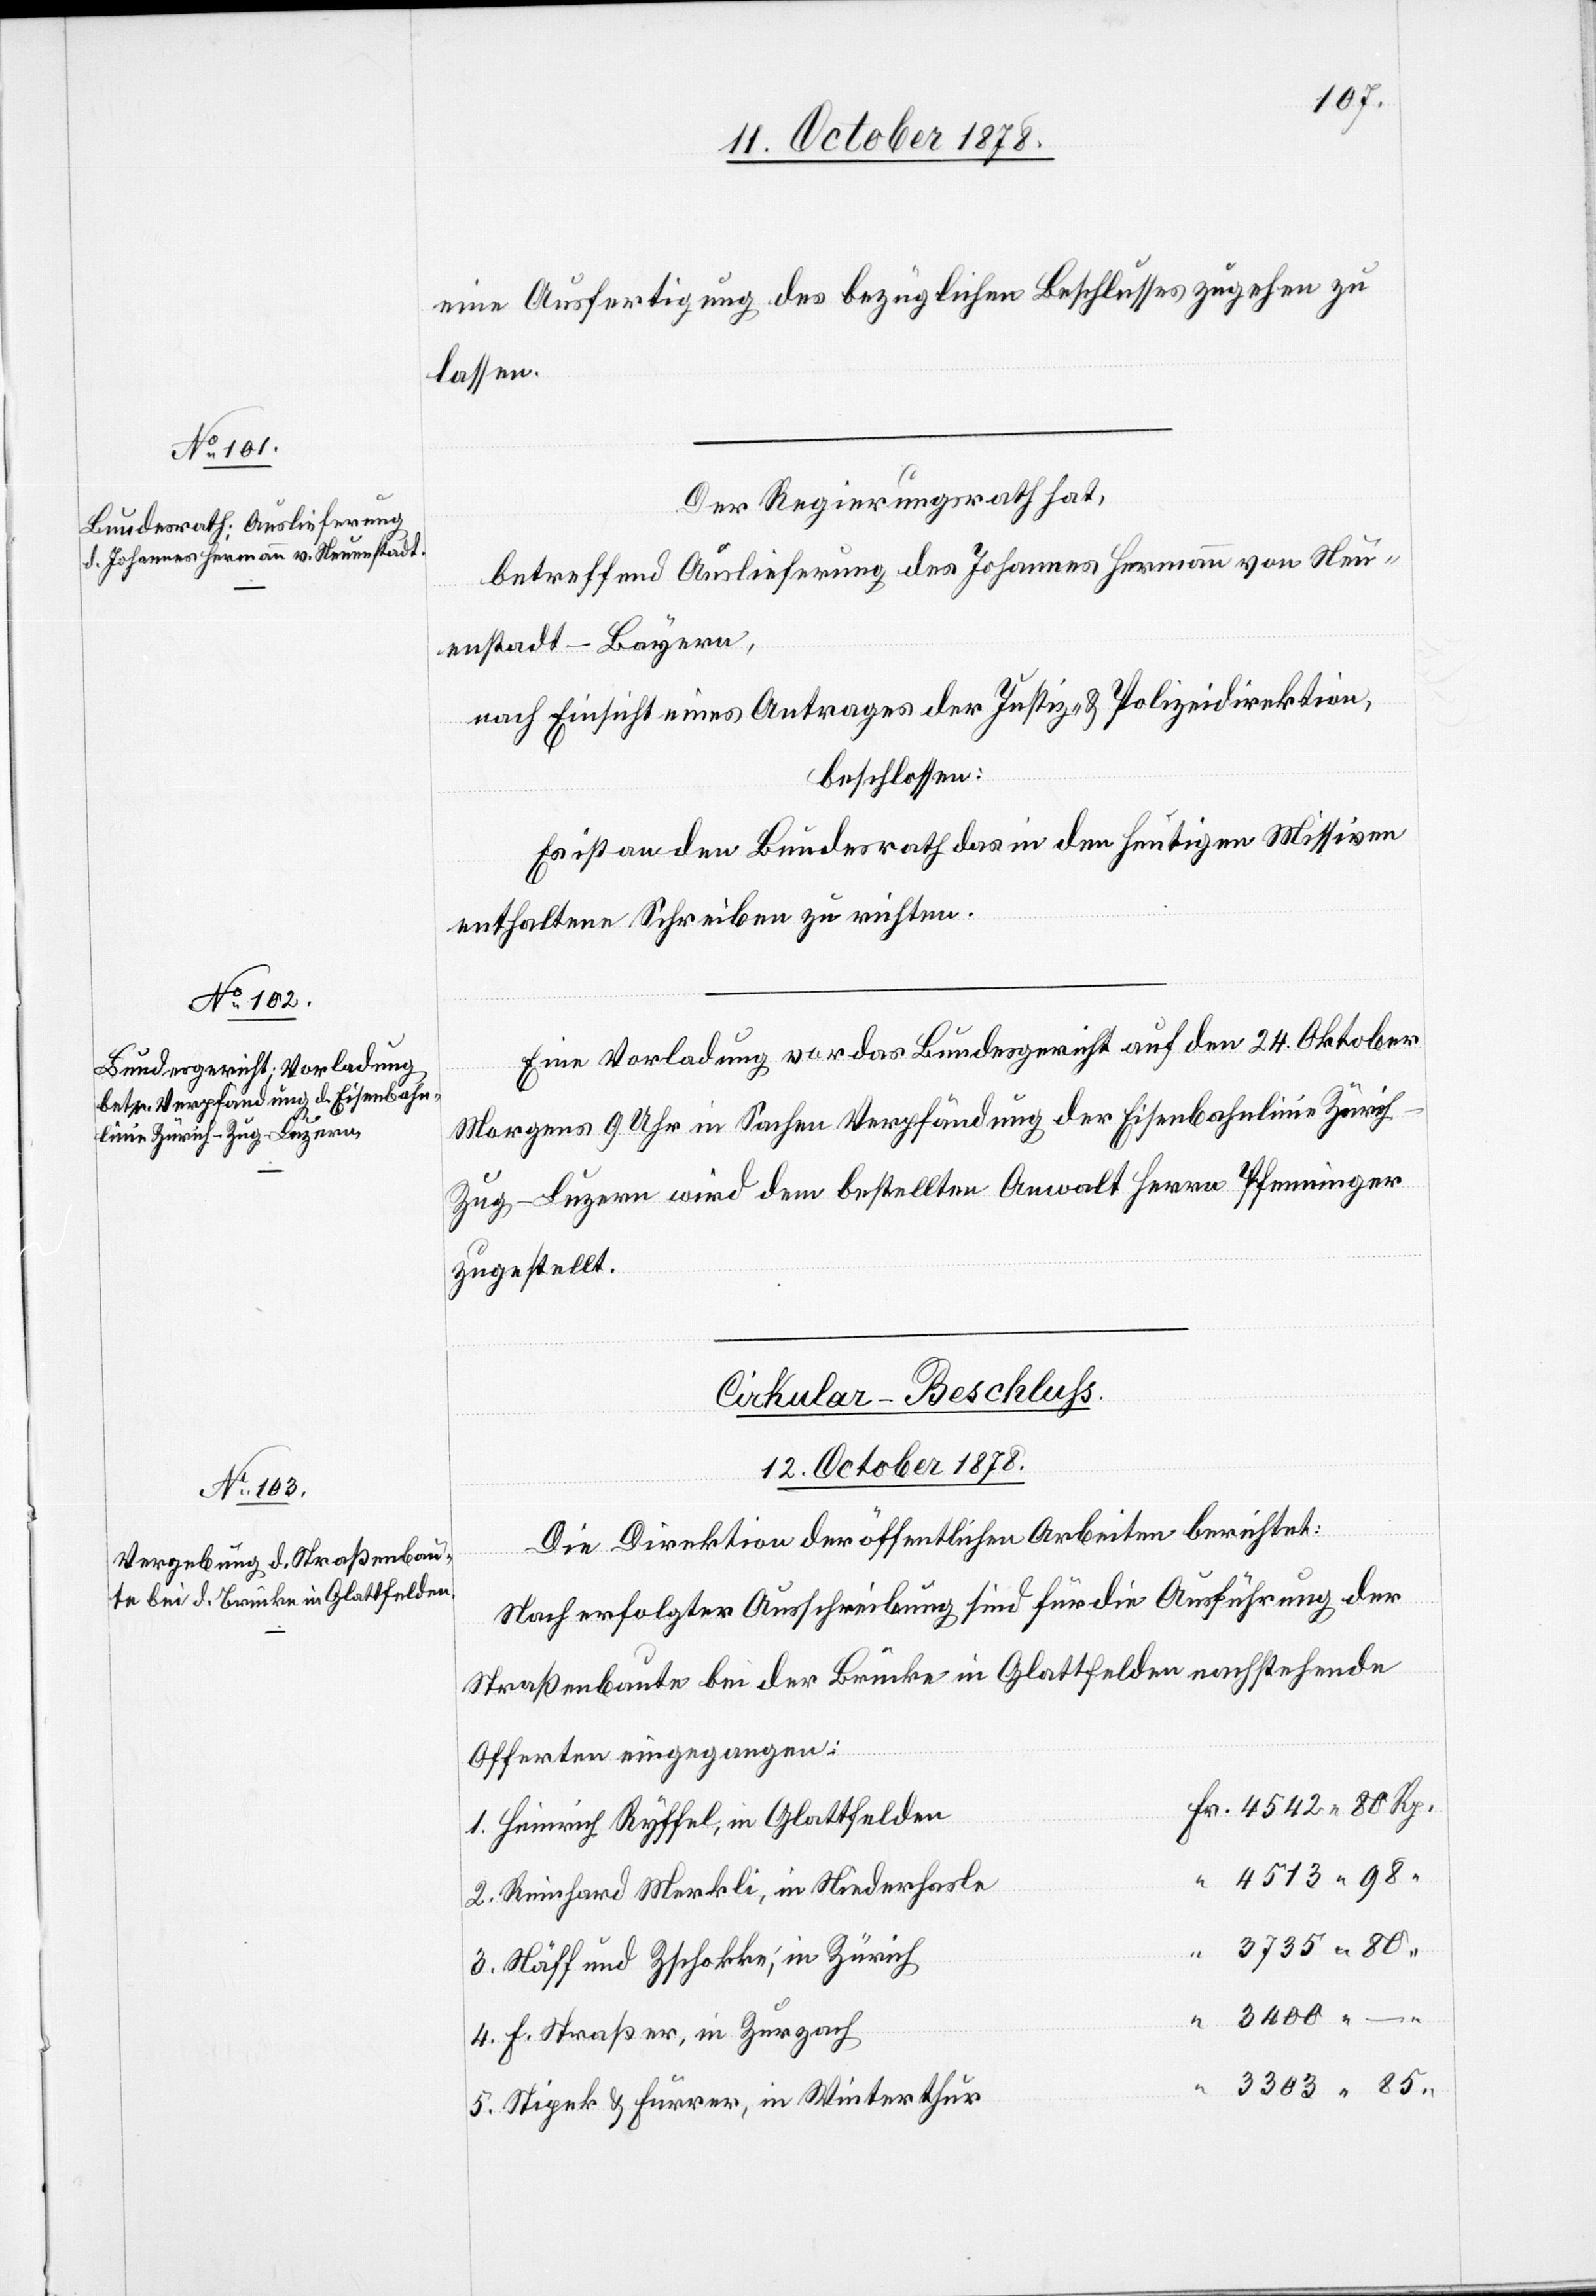
eine Ausfertigung des bezüglichen Beschlusses zugehen zu
lassen.
Der Regierungsrath hat,
betreffend Auslieferung des Johannes Hermann von Neu¬
Rp.
enstadt - Bayern,
nach Einsicht eines Antrages der Justiz- & Polizeidirektion,
beschlossen:
Es ist an den Bundesrath das in den heutigen Missiven
enthaltene Schreiben zu richten.
Eine Vorladung vor das Bundesgericht auf den 24. Oktober
Morgens 9 Uhr in Sachen Verpfändung der Eisenbahnlinie Züric¬
h–Zug–Luzern wird dem bestellten Anwalt Herrn Pfenninger
zugestellt.
Cirkular-Beschluß.
12. October 1878.
Die Direktion der öffentlichen Arbeiten berichtet:
Nach erfolgter Ausschreibung sind für die Ausführung der
Straßenbaute bei der Brücke in Glattfelden nachstehende
Fr.
Offerten eingegangen:
1. Heinrich Ryffel, in Glattfelden
4513 98
2. Reinhard Merkli, in Niederhasle
3735 80
3. Näff und Zschokke, in Zürich
3400 .–.
4. F. Straßer, in Zurzach
“
3303 85
5. Stipek & Furrer, in Winterthur